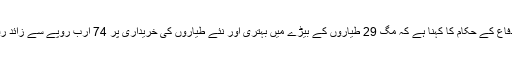
بھارتی وزارت دفاع کے حکام کا کہنا ہے کہ مگ 29 طیاروں کے بیڑے میں بہتری اور نئے طیاروں کی خریداری پر 74 ارب روپے سے زائد رقم صرف ہوگی ۔